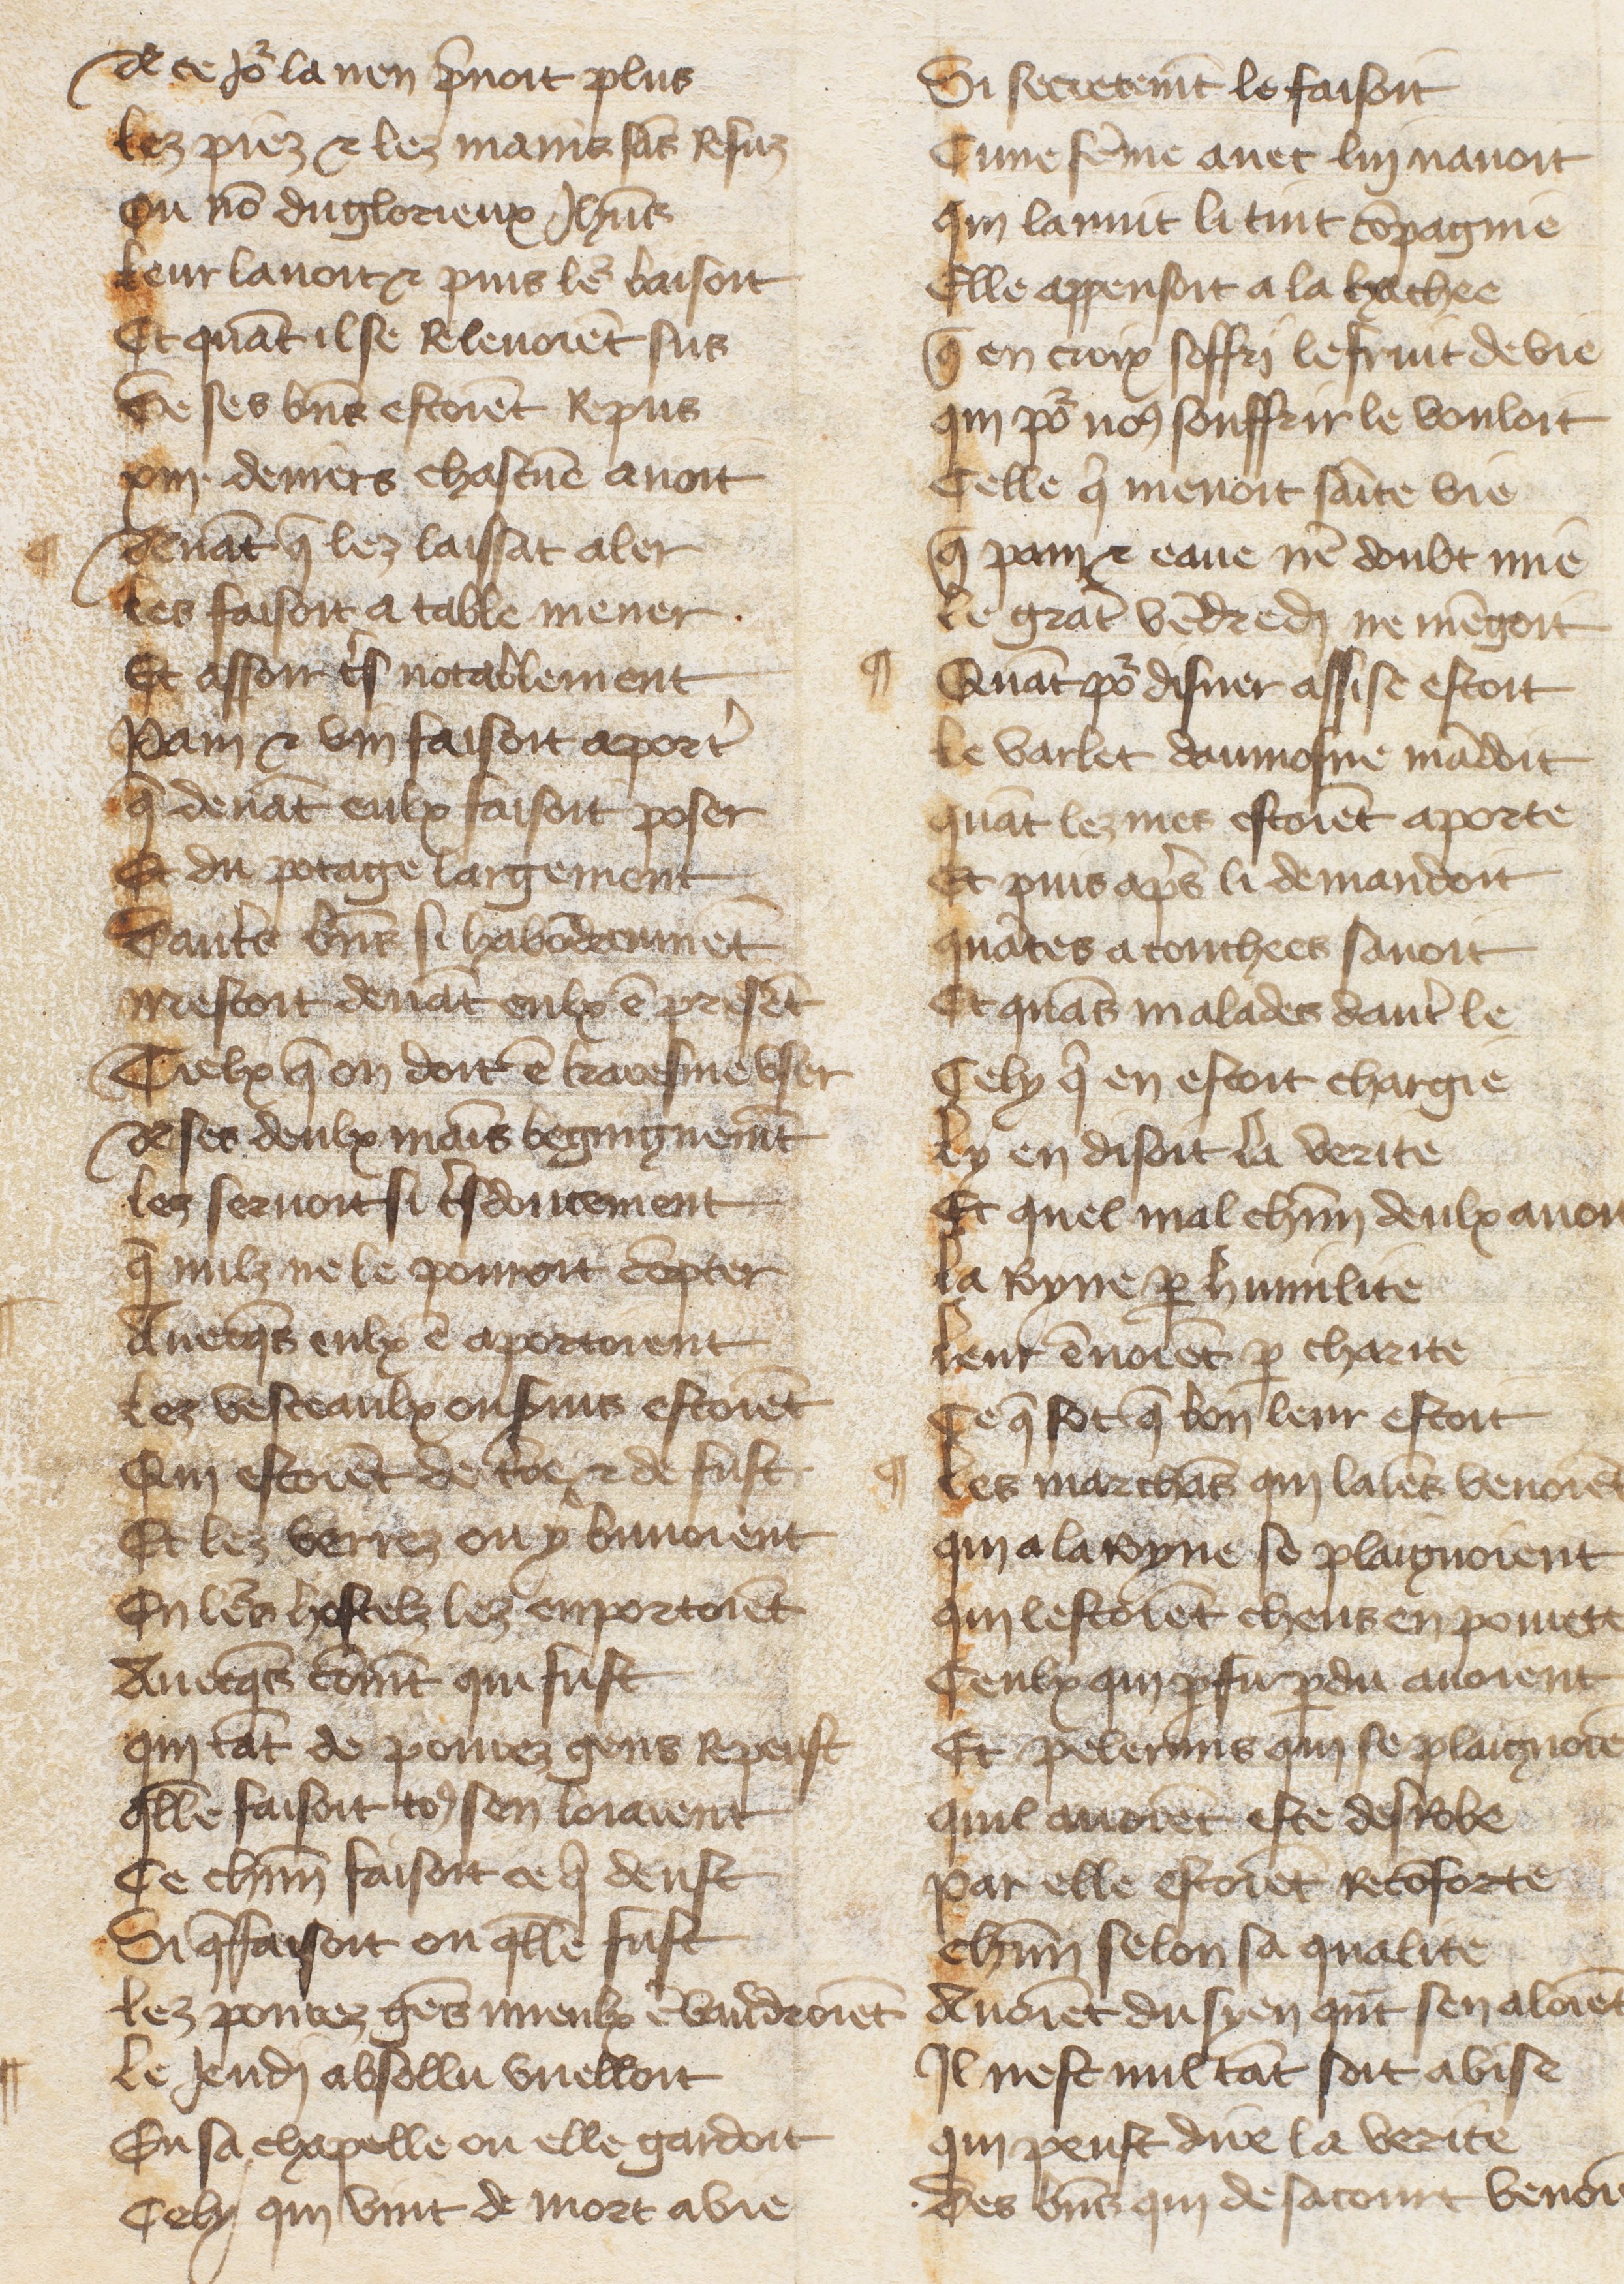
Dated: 1485–1499